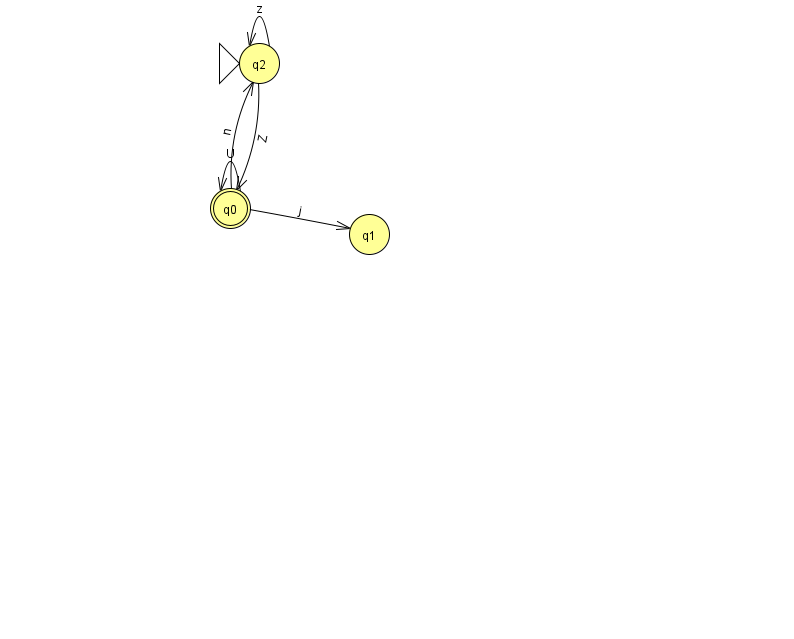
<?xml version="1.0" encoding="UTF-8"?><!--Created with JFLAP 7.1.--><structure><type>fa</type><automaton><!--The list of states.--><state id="0" name="q0"><x>230.0</x><y>195.0</y><final/></state><state id="1" name="q1"><x>369.0</x><y>221.0</y></state><state id="2" name="q2"><x>259.0</x><y>50.0</y><initial/></state><!--The list of transitions.--><transition><from>0</from><to>2</to><read>n</read></transition><transition><from>0</from><to>0</to><read>U</read></transition><transition><from>2</from><to>0</to><read>Z</read></transition><transition><from>0</from><to>1</to><read>j</read></transition><transition><from>2</from><to>2</to><read>z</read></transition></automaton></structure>